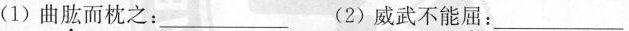
(1)曲肱而枕之：___ (2)威武不能屈：___